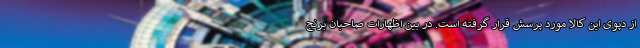
از دپوی این کالا مورد پرسش قرار گرفته است. در بین اظهارات صاحبان برنج